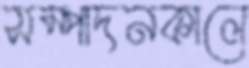
সম্পাদনকালে